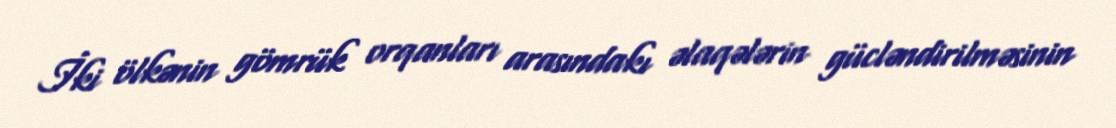
İki ölkənin gömrük orqanları arasındakı əlaqələrin gücləndirilməsinin